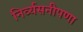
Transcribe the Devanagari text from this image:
निर्व्यसनीपणा